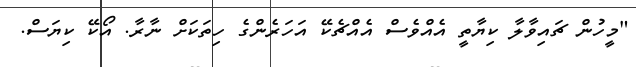
"މީހުން ޗައިވާލާ ކިޔާތީ އެއްވެސް އެއްޗެކޭ އަހަރެންގެ ހިތަކަށް ނާރާ. އޯކޭ ކިޔަސް.